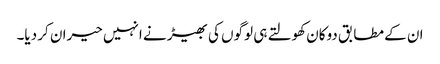
ان کے مطابق دوکان کھولتے ہی لوگوں کی بھیڑ نے انہیں حیران کر دیا۔